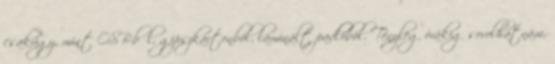
csakúgy, mint OSB-ből, gipszkartonból, laminált padlóból. Tényleg órákig sorolhatnám,